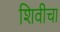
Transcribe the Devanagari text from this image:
शिवीचा